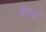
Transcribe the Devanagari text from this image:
भेदाः